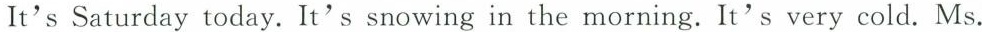
It's Saturday today. It's snowing in the morning.It's very cold. Ms.